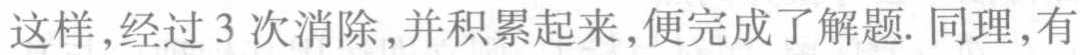
这样，经过 3 次消除，并积累起来，便完成了解题. 同理，有